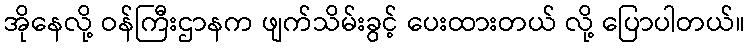
အိုနေလို့ ဝန်ကြီးဌာနက ဖျက်သိမ်းခွင့် ပေးထားတယ် လို့ ပြောပါတယ်။